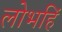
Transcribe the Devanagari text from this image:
लोभहिं